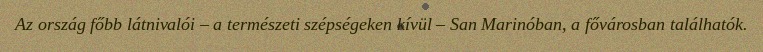
Az ország főbb látnivalói – a természeti szépségeken kívül – San Marinóban, a fővárosban találhatók.